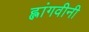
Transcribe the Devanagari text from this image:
ह्लांगवीनी